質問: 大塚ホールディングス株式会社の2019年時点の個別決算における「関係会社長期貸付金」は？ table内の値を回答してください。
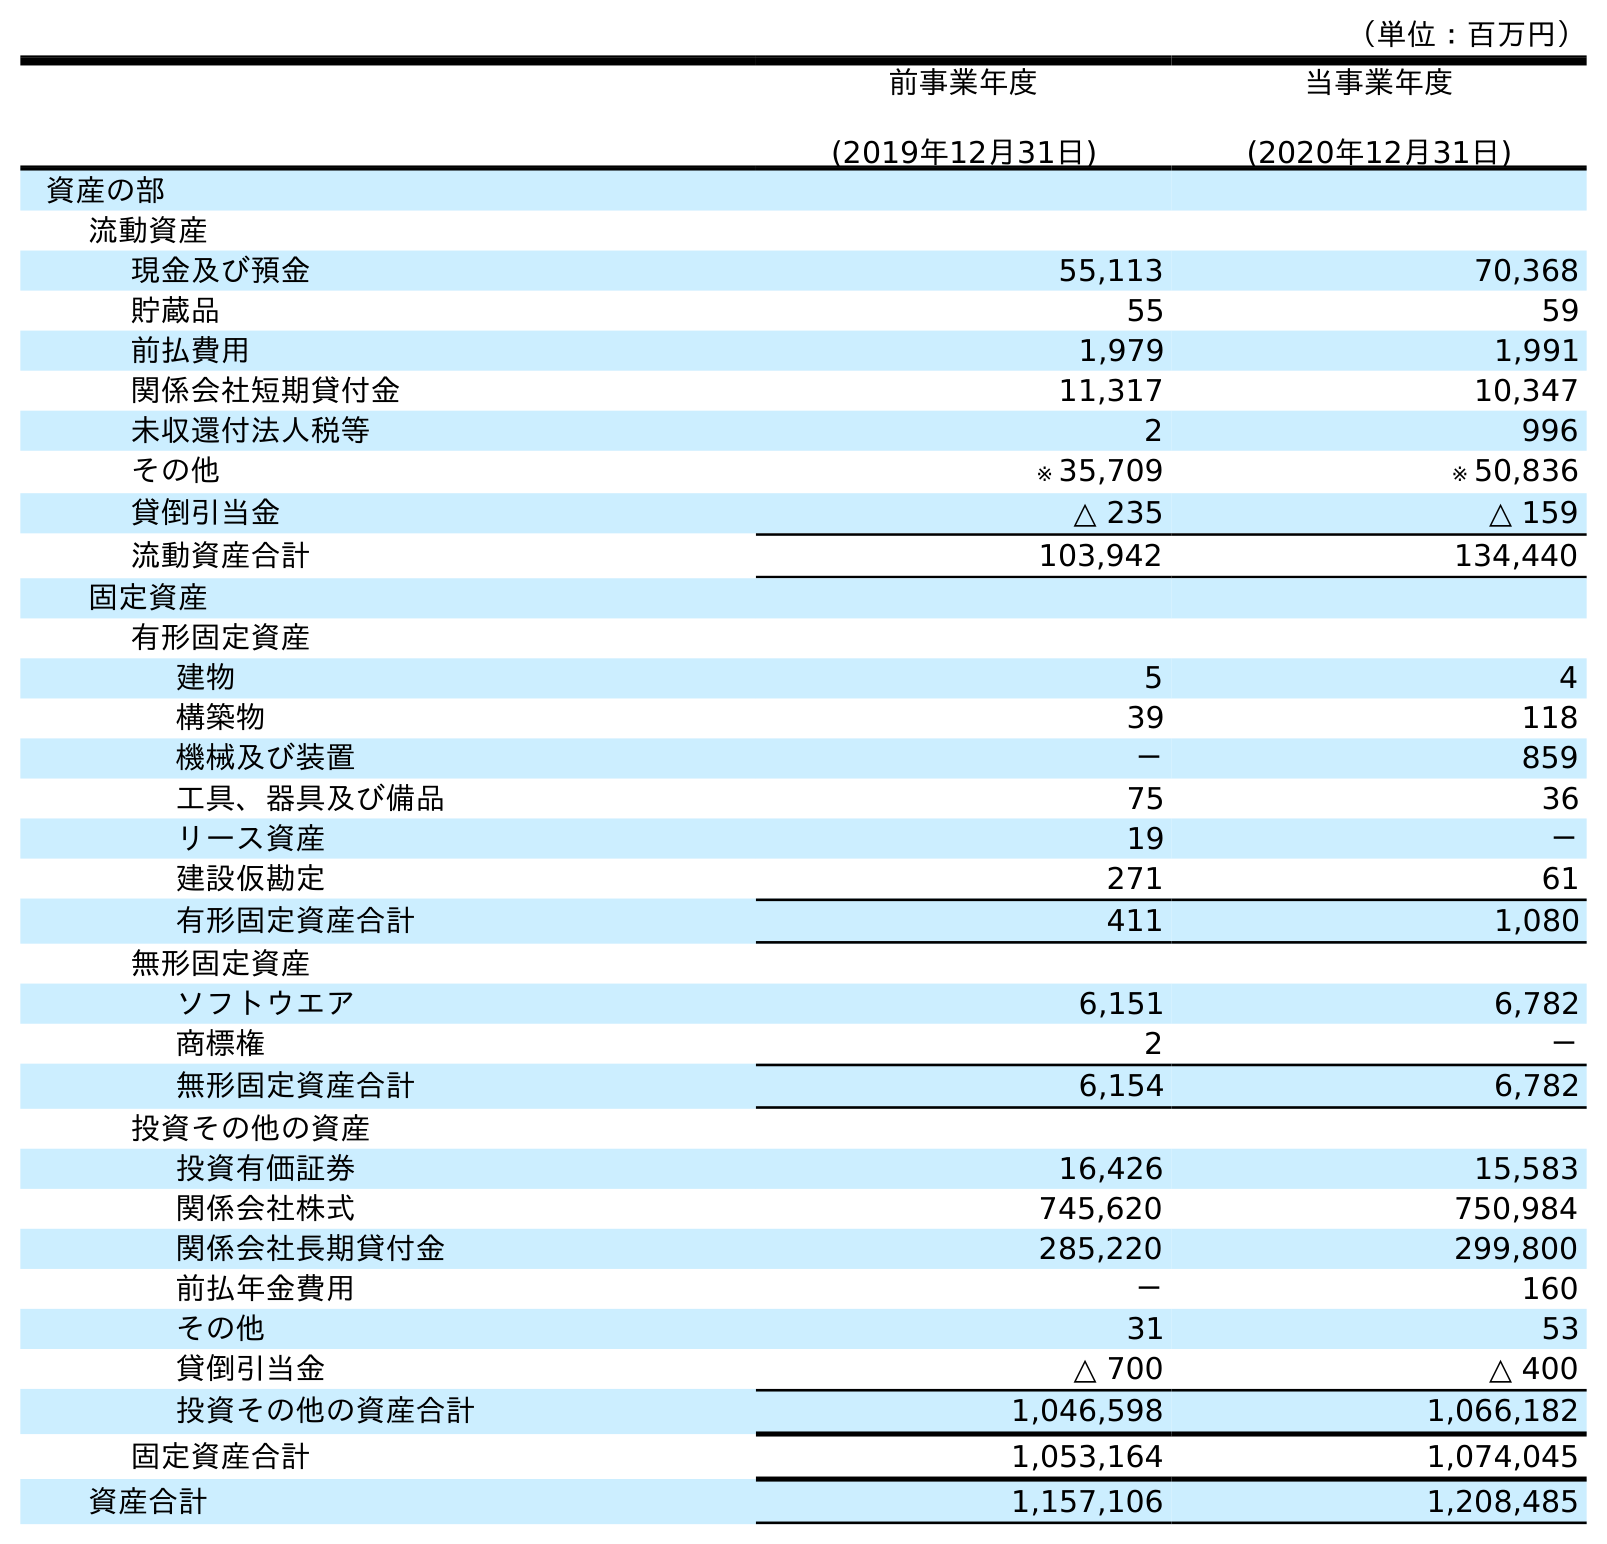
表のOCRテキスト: （単位：百万円） 前事業年度 (2019年12月31日) 当事業年度 (2020年12月31日) 資産の部 流動資産 現金及び預金 55,113 70,368 貯蔵品 55 59 前払費用 1,979 1,991 関係会社短期貸付金 11,317 10,347 未収還付法人税等 2 996 その他 ※ 35,709 ※ 50,836 貸倒引当金 △ 235 △ 159 流動資産合計 103,942 134,440 固定資産 有形固定資産 建物 5 4 構築物 39 118 機械及び装置 － 859 工具、器具及び備品 75 36 リース資産 19 － 建設仮勘定 271 61 有形固定資産合計 411 1,080 無形固定資産 ソフトウエア 6,151 6,782 商標権 2 － 無形固定資産合計 6,154 6,782 投資その他の資産 投資有価証券 16,426 15,583 関係会社株式 745,620 750,984 関係会社長期貸付金 285,220 299,800 前払年金費用 － 160 その他 31 53 貸倒引当金 △ 700 △ 400 投資その他の資産合計 1,046,598 1,066,182 固定資産合計 1,053,164 1,074,045 資産合計 1,157,106 1,208,485
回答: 285,220